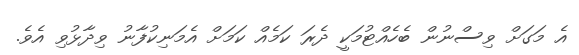
އެ މަގަށް ވިސްނުން ބެހެއްްޓުމަކީ ދެރަ ކަމެއް ކަމަށް އެމަނިކުފާނު ވިދާޅުވި އެވެ.